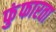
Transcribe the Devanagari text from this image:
फुंफारता